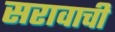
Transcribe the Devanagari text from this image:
सरावाची